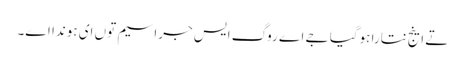
تے اینج نتارا ہوگیا جے اے روگ ایس جراسیم توں ای ہوندا اے۔